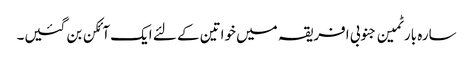
سارہ بارٹمین جنوبی افریقہ میں خواتین کے لئے ایک آئکن بن گئیں۔